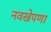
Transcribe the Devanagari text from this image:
नवखेपणा